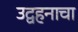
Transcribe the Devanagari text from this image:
उद्वहनाचा